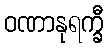
ဝဏာနုရက္ခီ